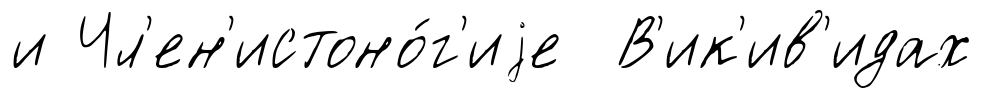
и Чл'ен'истоно́г'иjе В'ик'ив'идах